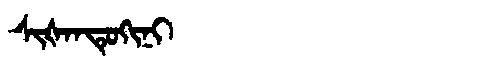
Manchu: ᠰᡳᡧᠠᠨᡨᡠᡴᡳᠨᡳ
Romanization: SIŠANTUKINI